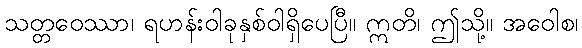
သတ္တဝေဿာ၊ ရဟန်းဝါခုနှစ်ဝါရှိပေပြီ။ ဣတိ၊ ဤသို့။ အဝေါစ၊